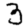
Digit: 3